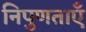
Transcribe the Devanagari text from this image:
निपुणताएँ